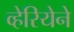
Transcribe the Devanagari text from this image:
व्हेरियेने